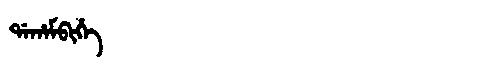
Manchu: ᡩᠠᡥᠠᠮᠪᡳᡥᡝ
Romanization: DAHAMBIHE